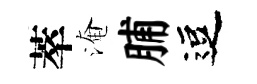
萃淹脯逗